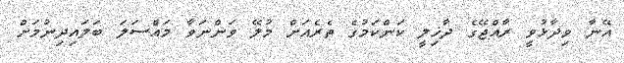
އޭނާ ވިދާޅުވީ ރާއްޖޭގެ ދާޚިލީ ކަންކަމުގެ ތެރެއަށް މުލޭ ވަންނަވާ މައްސަލަ ބަލައިދިނުމަށް